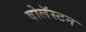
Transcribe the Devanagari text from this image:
वोलॅस्टन